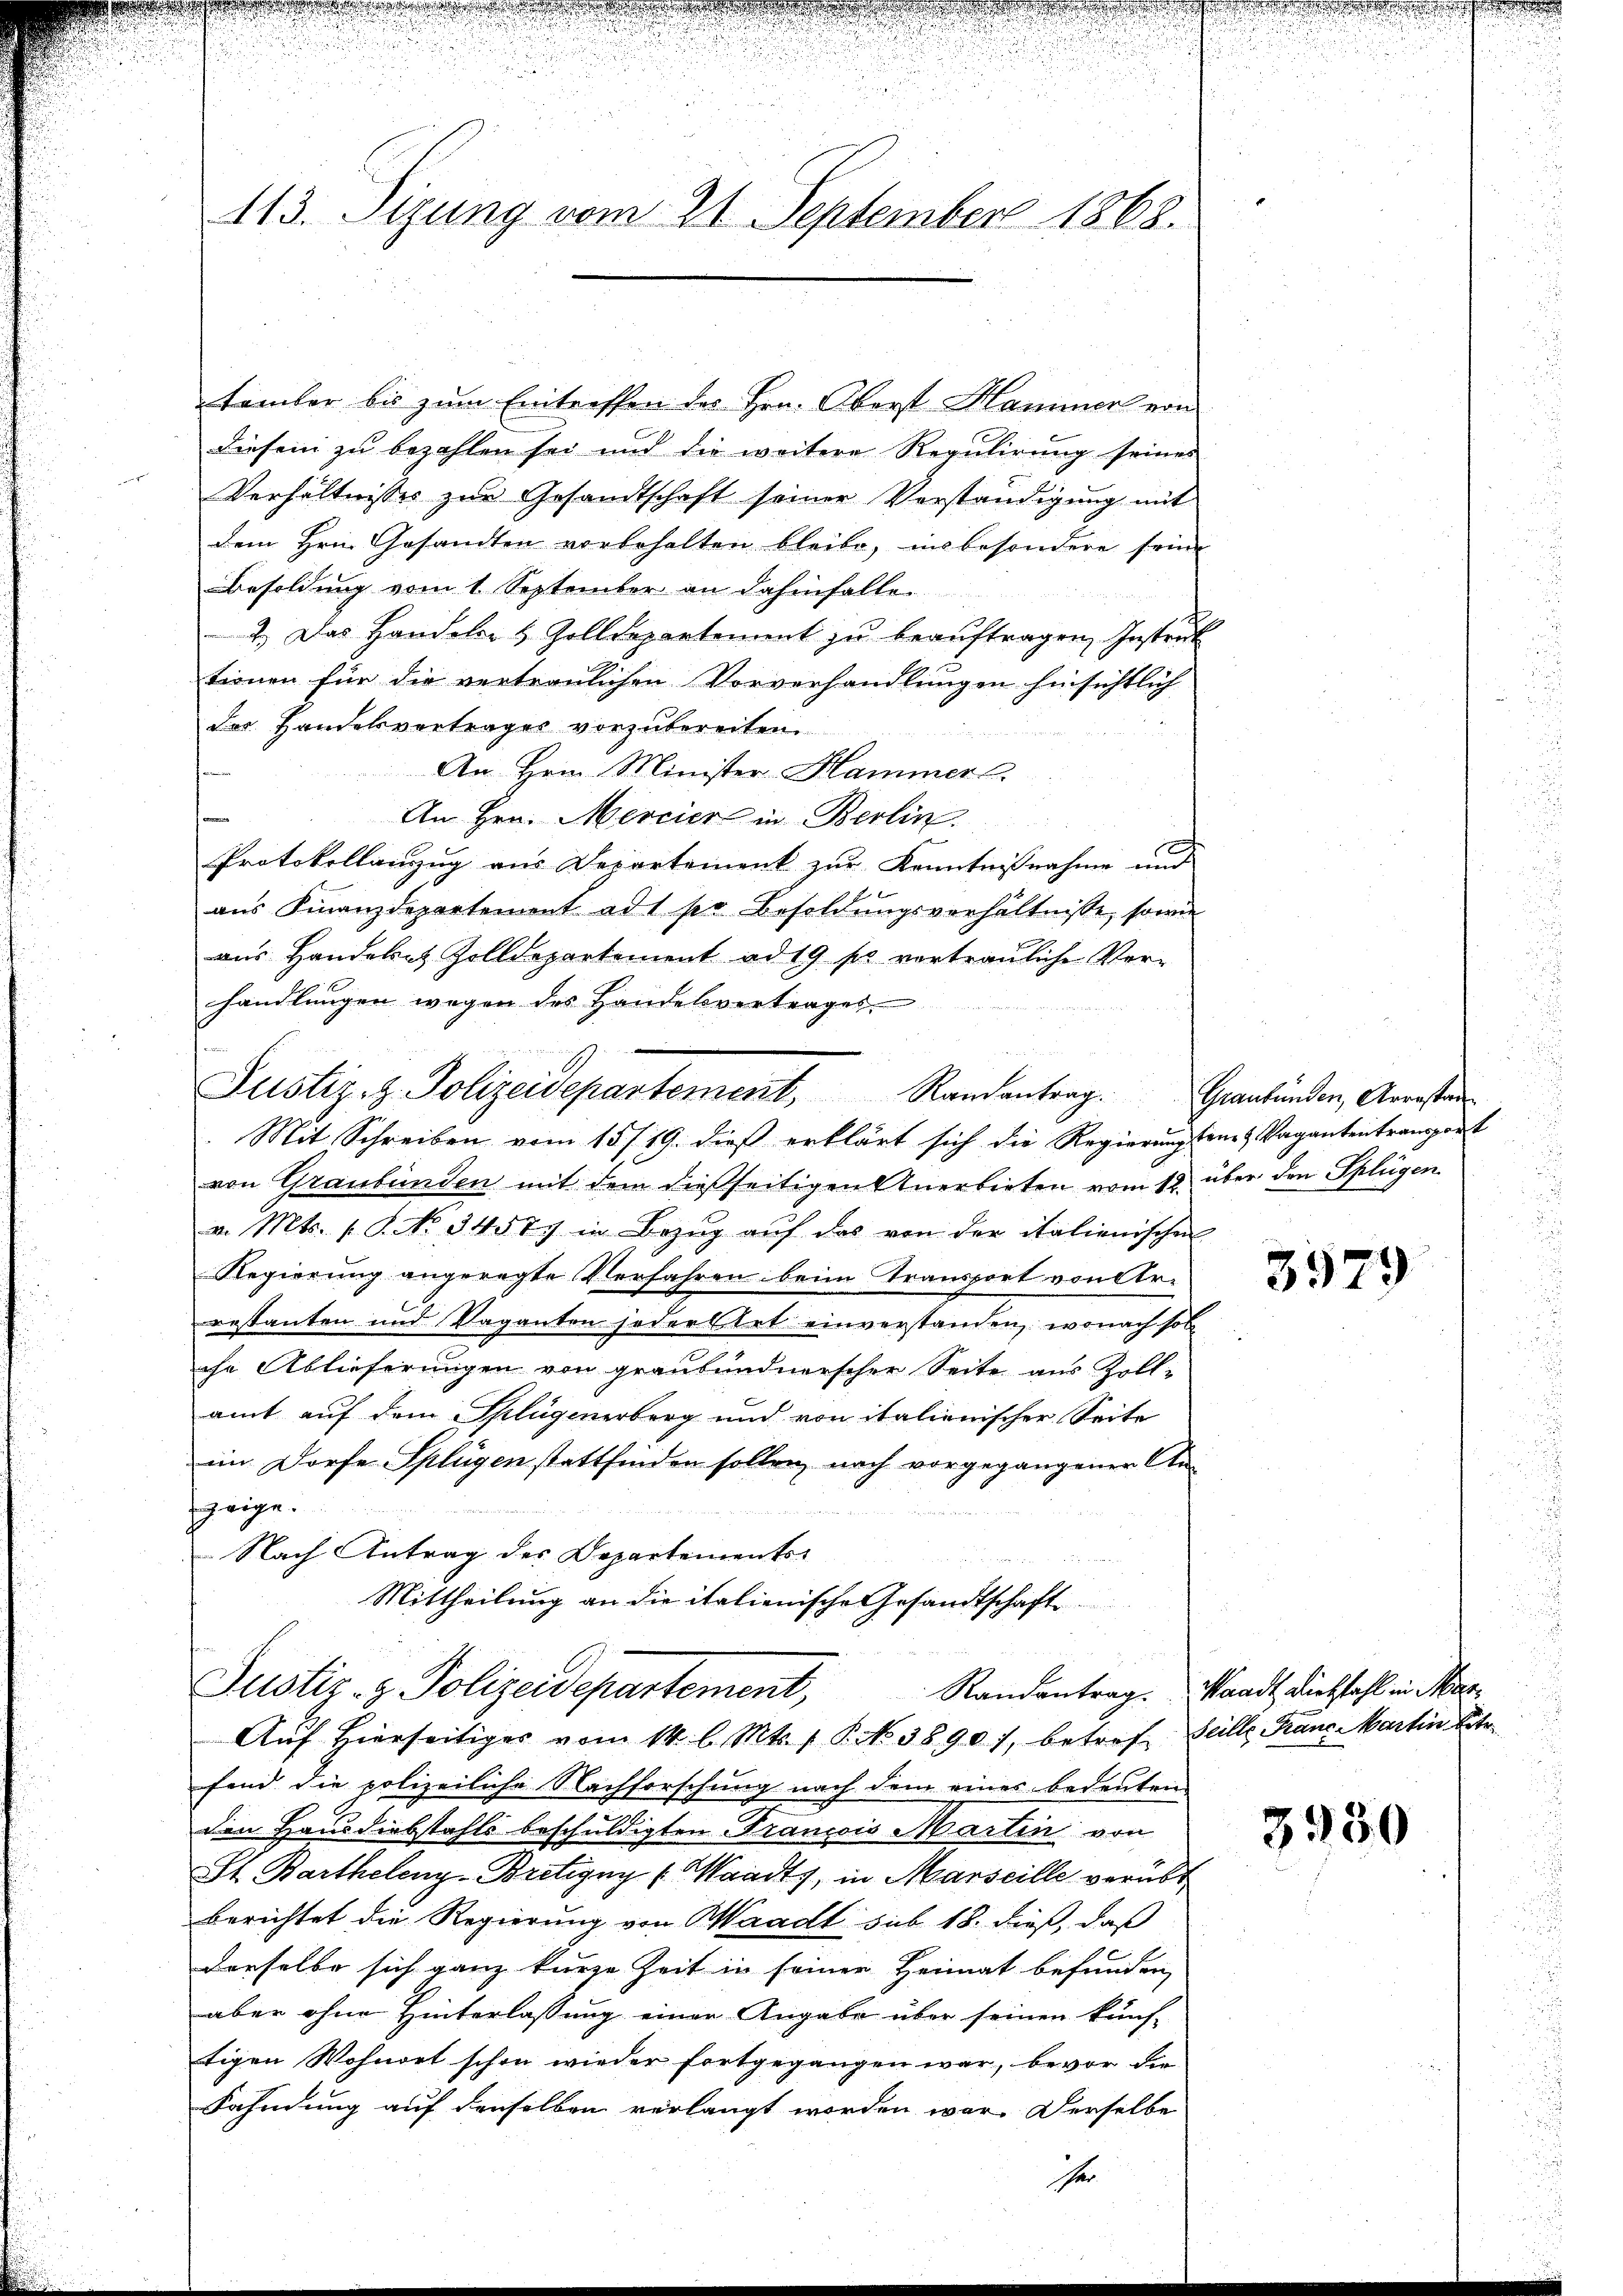
u
s u den

u
113. Sizung vom 21. September 1868.

Famber bis zum Eintreffen des Hrn. Oberst Hammer von
diesem zu bezahlen sei und die weitere Regulirung seines
Verhältnisses zur Gesandtschaft seiner Vorständigung mit
dem Hrn. Gesandten vorbehalten bleibe, insbesondere seine
Besoldung vom 1. September an dahinfalle.
2.) Das Handeln & Zolldepartement zu beauftragen, Instruk
tionen für die vertraulichen Vorverhandlungen hinsichtlich
der Handelsvertrages vorzubereiten.
An Hrn. Minister Hammer
An Hrn. Mercier in Berlin.
Protokollanzug aus Departement zur Kenntnißnahme und
aŭs Finanzdepartement ad 1 per Besoldŭngsverhältnisse, sowie
aus Handeltes Zolldepartement ad 19 p. vertrauliche Verhandlungen wegen des Handelsvertrages
Justiz- & Polizeidepartement, Randantrag.
Mit Schreiben vom 15/19. dieß erklärt sich die Regierŭngsame & Vagantentransport
von Graubünden mit dem dießseitigen Anerbieten vom 12. über den Splügen
a. Mts. s. S. No 34577 in Bezŭg aŭf das von der italienischen
Regierung angeregte Verfahren beim Transport von Sr.
restanten und Vaganten jedertet einverstanden, wonach sol
che Ablieferungen von graubündnerscher Seite aus Zoll-
amt auf dem Splügenerberg und von italienischer Seite
im Dorfe Splügen stattfinden sollen, nach vorgegangener An-
zeige.
Nach Antrag des Departements-
Mittheilung an die italienische Gesandtschaft

Justiz- & Polizeidepartement,
Aŭf Hierseitiges vom 14. l. Mts. 1 P NNo. 3890), betref Heille Fraue Martin betr.

fend die polizeiliche Nachforschung nach dem eines bedeuten
den Hausdiebstahls beschuldigten Francois Martin von
St. Bartheleng-Bretigny (Waadt, in Marseille verübt
berichtet die Regierung von Waadt sub 18. dieß, daß
derselbe sich ganz kurze Zeit in seiner Heimat befunden
aber ohne Hinterlassung einer Angabe über seinen künf-
tigen Wohnort schon wieder fortgegangen war, bevor die
Fahndung auf denselben verlangt worden war. Derselbe
e

Graubünden, Arrestan

3979

Randantrag. Waadt Diebstahl in Mar¬

3950